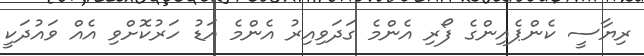
ރިޔާސީ ކެންޕެއިންގެ ފޯރި އެންމެ ގަދަވިއިރު އެންމެ އަޑު ހަރުކޮށްވި އެއް ވައުދަކީ